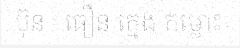
ប៊ុន - ធឿន ក្មេង កម្លោះ